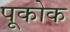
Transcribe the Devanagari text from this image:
पूकोक